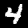
Label: 4